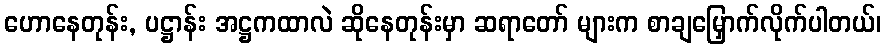
ဟောနေတုန်း, ပဋ္ဌာန်း အဋ္ဌကထာလဲ ဆိုနေတုန်းမှာ ဆရာတော် များက စာချမြှောက်လိုက်ပါတယ်၊